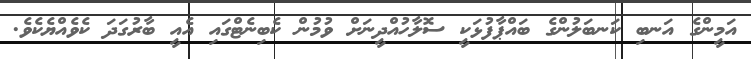
އަމީންގެ އަނބި ކަނބަލުންގެ ބައްޕާފުޅަކީ ސޮލާހުއްދީނަށް ވުމުން ކެބިނެޓްގައި އެއީ ބާރުގަދަ ކެވެއްޔެކެވެ.